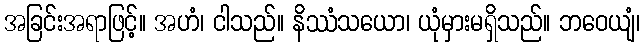
အခြင်းအရာဖြင့်။ အဟံ၊ ငါသည်။ နိဿံသယော၊ ယုံမှားမရှိသည်။ ဘဝေယျံ၊